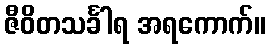
ဇီဝိတသင်္ခါရ အရကောက်။